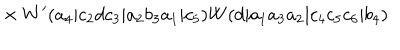
{ } \times W ^ { \prime } ( a _ { 4 } | c _ { 2 } d c _ { 3 } | a _ { 2 } b _ { 3 } a _ { 1 } | c _ { 5 } ) W ( d | a _ { 1 } a _ { 3 } a _ { 2 } | c _ { 4 } c _ { 5 } c _ { 6 } | b _ { 4 } )